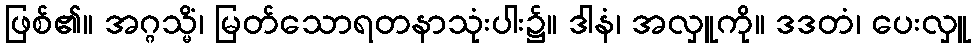
ဖြစ်၏။ အဂ္ဂသ္မိံ၊ မြတ်သောရတနာသုံးပါး၌။ ဒါနံ၊ အလှူကို။ ဒဒတံ၊ ပေးလှူ